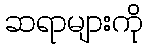
ဆရာများကို